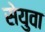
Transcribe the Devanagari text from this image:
सेयुवा